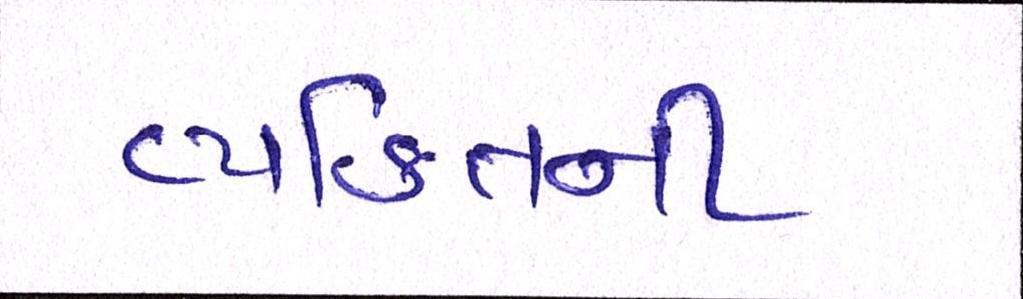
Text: વ્યકિતની